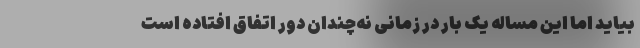
بیاید اما این مساله یک ‌بار در زمانی نه‌چندان دور اتفاق افتاده است